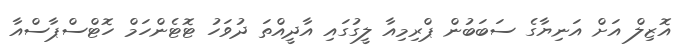
އޮޒިލް އަށް އަނިޔާގެ ސަބަބުން ޕްރިމިއާ ލީގުގައި އާދީއްތަ ދުވަހު ޓޮޓެންހަމް ހޮޓްސްޕާސްއާ